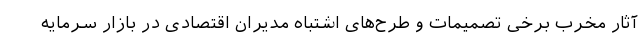
آثار مخرب برخی تصمیمات و طرح‌های اشتباه مدیران اقتصادی در بازار سرمایه